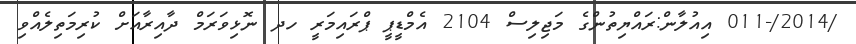
/2014/-011 އިއުލާން:ރައްޔިތުންގެ މަޖިލިސް 2104 އެމްޑީޕީ ޕްރައިމަރީ ހދ ނޮޅިވަރަމް ދާއިރާއަށް ކުރިމަތިލެއްވި